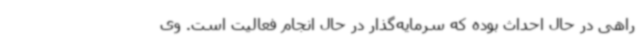
راهی در حال احداث بوده که سرمایه‌گذار در حال انجام فعالیت است. وی